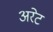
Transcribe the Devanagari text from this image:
अरेट